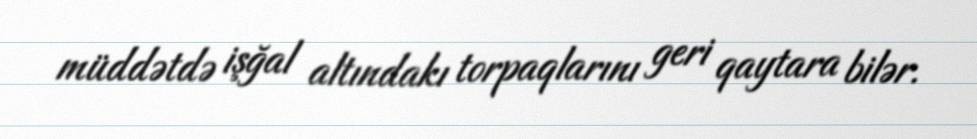
müddətdə işğal altındakı torpaqlarını geri qaytara bilər.